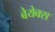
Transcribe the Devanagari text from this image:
बेयेक्स